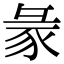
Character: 𧰲